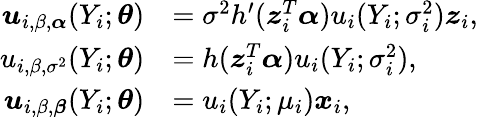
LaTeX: \begin{array}{rl}{\boldsymbol{u}_{i,\beta,\boldsymbol{\alpha}}(Y_{i};\boldsymbol{\theta})}&{=\sigma^{2}h^{\prime}(\boldsymbol{z}_{i}^{T}\boldsymbol{\alpha})u_{i}(Y_{i};\sigma_{i}^{2})\boldsymbol{z}_{i},}\\ {u_{i,\beta,\sigma^{2}}(Y_{i};\boldsymbol{\theta})}&{=h(\boldsymbol{z}_{i}^{T}\boldsymbol{\alpha})u_{i}(Y_{i};\sigma_{i}^{2}),}\\ {\boldsymbol{u}_{i,\beta,\boldsymbol{\beta}}(Y_{i};\boldsymbol{\theta})}&{=u_{i}(Y_{i};\mu_{i})\boldsymbol{x}_{i},}\end{array}